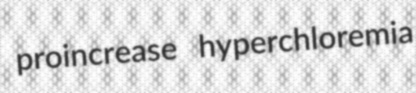
proincrease hyperchloremia